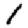
Digit: 1